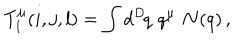
LaTeX: T _ { 1 } ^ { \mu } ( i , j , l ) = \int d ^ { D } \! q \, \, q ^ { \mu } \, \, { \bf N } ( q ) \, ,